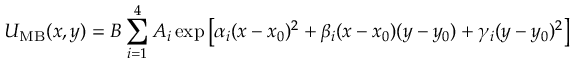
U _ { \mathrm { M B } } ( x , y ) = B \sum _ { i = 1 } ^ { 4 } A _ { i } \exp \left[ \alpha _ { i } ( x - x _ { 0 } ) ^ { 2 } + \beta _ { i } ( x - x _ { 0 } ) ( y - y _ { 0 } ) + \gamma _ { i } ( y - y _ { 0 } ) ^ { 2 } \right]